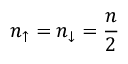
n _ { \mathord { \uparrow } } = n _ { \mathord { \downarrow } } = \frac { n } { 2 }